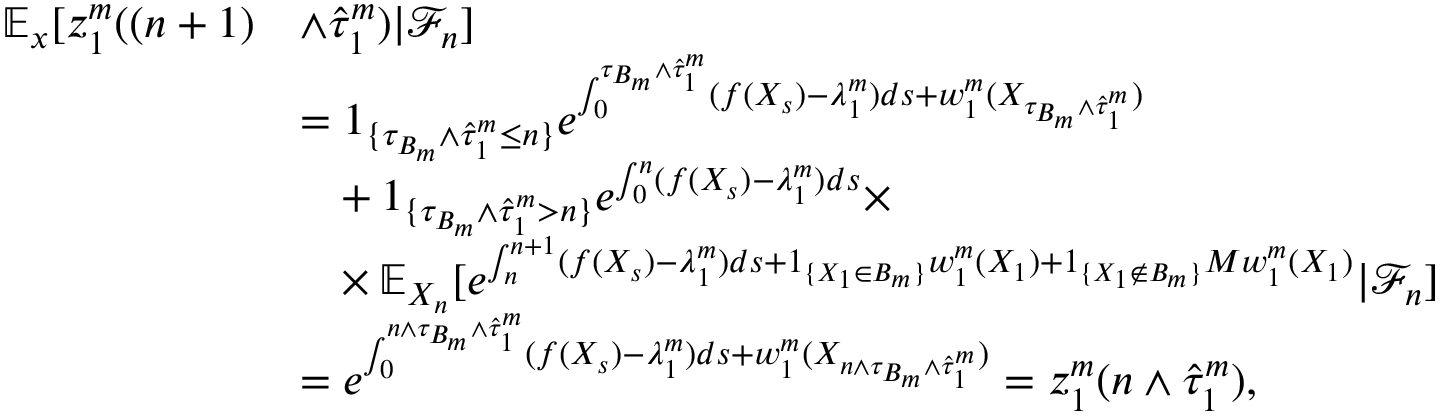
\begin{array} { r l } { \mathbb { E } _ { x } [ z _ { 1 } ^ { m } ( ( n + 1 ) } & { \wedge \hat { \tau } _ { 1 } ^ { m } ) | \mathcal { F } _ { n } ] } \\ & { = 1 _ { \{ \tau _ { B _ { m } } \wedge \hat { \tau } _ { 1 } ^ { m } \leq n \} } e ^ { \int _ { 0 } ^ { \tau _ { B _ { m } } \wedge \hat { \tau } _ { 1 } ^ { m } } ( f ( X _ { s } ) - \lambda _ { 1 } ^ { m } ) d s + w _ { 1 } ^ { m } ( X _ { \tau _ { B _ { m } } \wedge \hat { \tau } _ { 1 } ^ { m } } ) } } \\ & { \phantom { = } + 1 _ { \{ \tau _ { B _ { m } } \wedge \hat { \tau } _ { 1 } ^ { m } > n \} } e ^ { \int _ { 0 } ^ { n } ( f ( X _ { s } ) - \lambda _ { 1 } ^ { m } ) d s } \times } \\ & { \phantom { = } \times \mathbb { E } _ { X _ { n } } [ e ^ { \int _ { n } ^ { n + 1 } ( f ( X _ { s } ) - \lambda _ { 1 } ^ { m } ) d s + 1 _ { \{ X _ { 1 } \in B _ { m } \} } w _ { 1 } ^ { m } ( X _ { 1 } ) + 1 _ { \{ X _ { 1 } \notin B _ { m } \} } M w _ { 1 } ^ { m } ( X _ { 1 } ) } | \mathcal { F } _ { n } ] } \\ & { = e ^ { \int _ { 0 } ^ { n \wedge \tau _ { B _ { m } } \wedge \hat { \tau } _ { 1 } ^ { m } } ( f ( X _ { s } ) - \lambda _ { 1 } ^ { m } ) d s + w _ { 1 } ^ { m } ( X _ { n \wedge \tau _ { B _ { m } } \wedge \hat { \tau } _ { 1 } ^ { m } } ) } = z _ { 1 } ^ { m } ( n \wedge \hat { \tau } _ { 1 } ^ { m } ) , } \end{array}